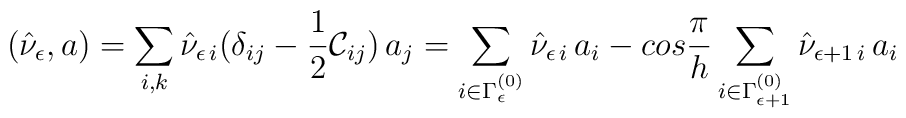
(\hat{\nu}_{\epsilon},a) = \sum_{i,k}\hat{\nu}_{\epsilon\,i}(\delta_{ij}-\frac{1}{2}{\cal C}_{ij})\,a_j = \sum_{i\in\Gamma_{\epsilon}^{(0)}}\hat{\nu}_{\epsilon\,i}\,a_i - cos\frac{\pi}{h} \sum_{i\in\Gamma_{\epsilon+1}^{(0)}}\hat{\nu}_{\epsilon+1\,i}\,a_i